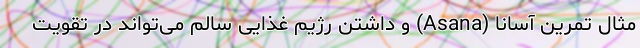
مثال تمرین آسانا (Asana) و داشتن رژیم غذایی سالم می‌تواند در تقویت